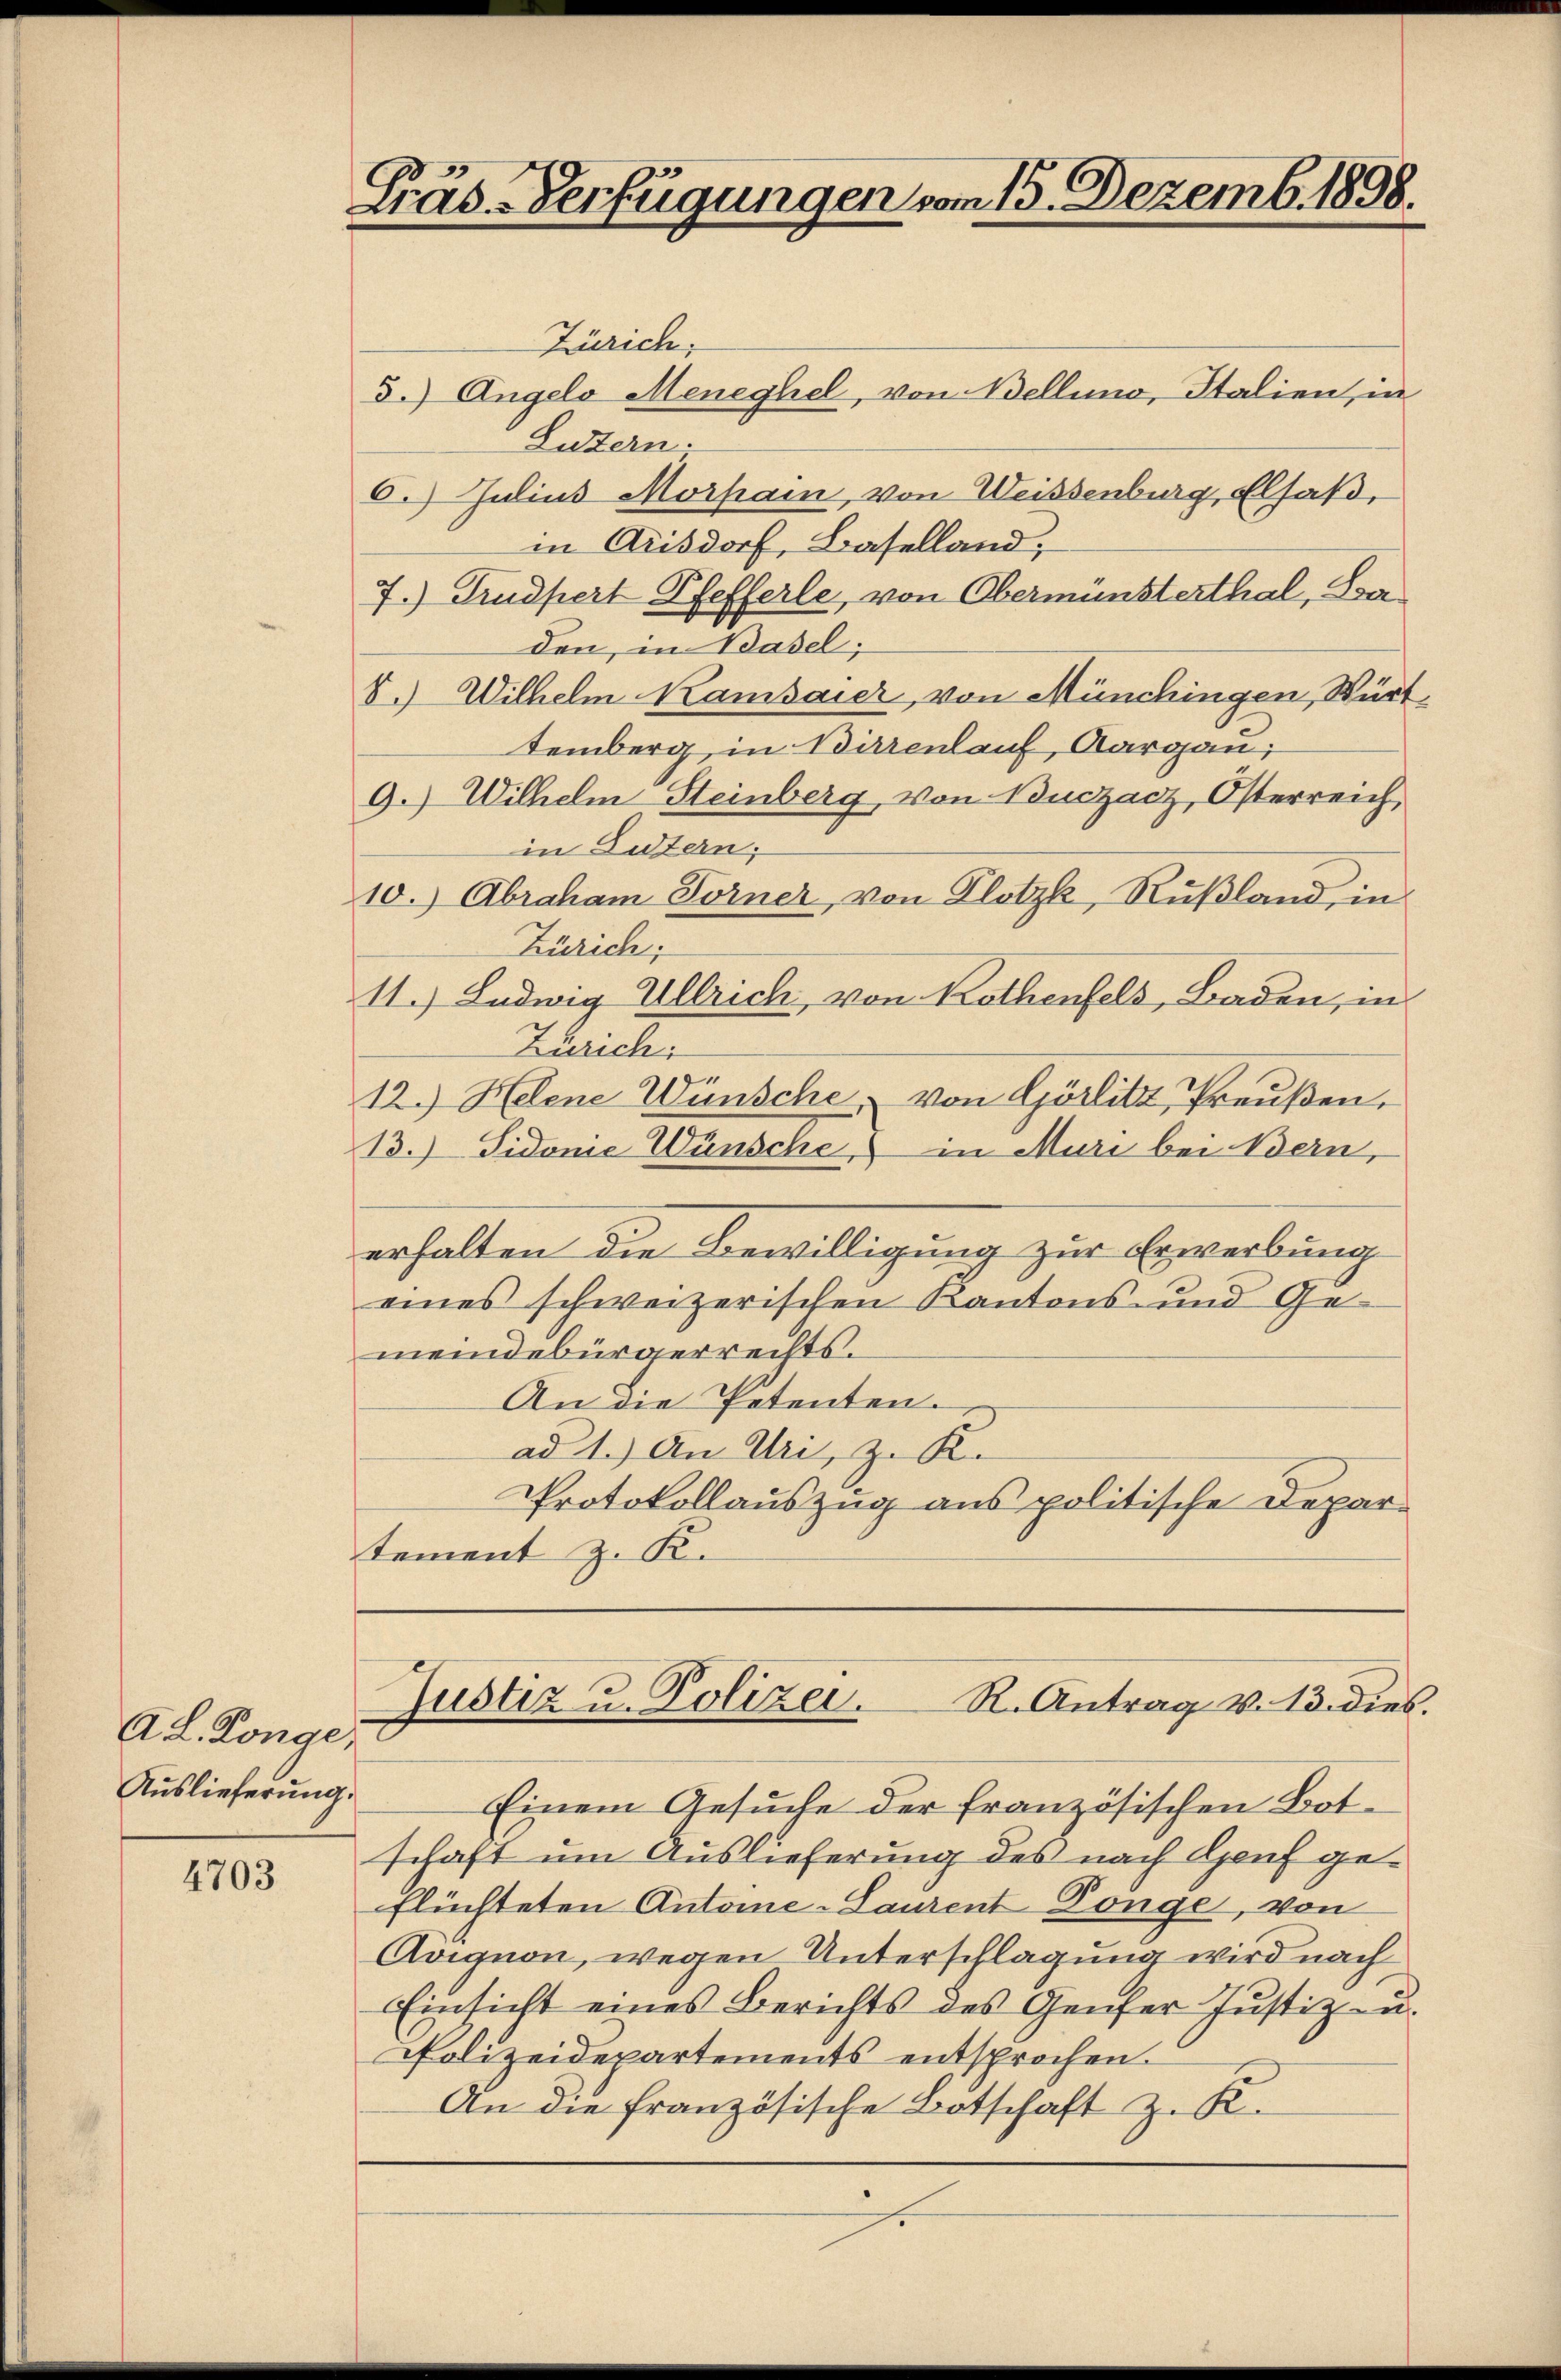
Ad. Konge:
Auslieferung.

4703

Präs-Verfügungen vom 15. Dezemb. 1898.

Zürich,
3.) Angelo Meneghel, von Bellino, Italien, in
Luzern.
6. Julius Morpain, von Weissenburg, Elsaß,
in Arisdorf, Baselland,
7.) Trudpert Pfefferle, von Obermünsterthal, La
den, in Basel;
8.) Wilhelm Kambaier, von Münchingen, Würt
temberg, in Birrenlauf, Aargau;
9.) Wilhelm Steinberg von Suczacz, Österreich
in Luzern;
10.) Abraham Torner, von Plotzk, Rußland, in
Zürich;
11.) Ludwig Ullrich, von Kathenfels, Baden, in
Zürich
12.) Helene Wünsche, von Görlitz, Preußen.
13.) Sidone Wünsche, in Muri bei Bern,
erhalten die Bewilligung zur Erwerbung
eines schweizerischen Kantons- und Gemeindebürgerrechts.
An die Petenten.
ad 1.) An Uri, z. K.
Protokollauszug aus politische Depar-
tement z. K.
Justiz u. Polizei. R. Antrag v. 13. dies.
Einem Gesuche der französischen Botschaft um Auslieferung des nach Genf geflüchteten Antone-Laurent Dönge, von
Avignon, wegen Unterschlagung wird nach
Einsicht eines Berichts des Genfer Justiz- u.
Polizeidepartements entsprochen.
An die französische Botschaft z. K.